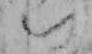
い